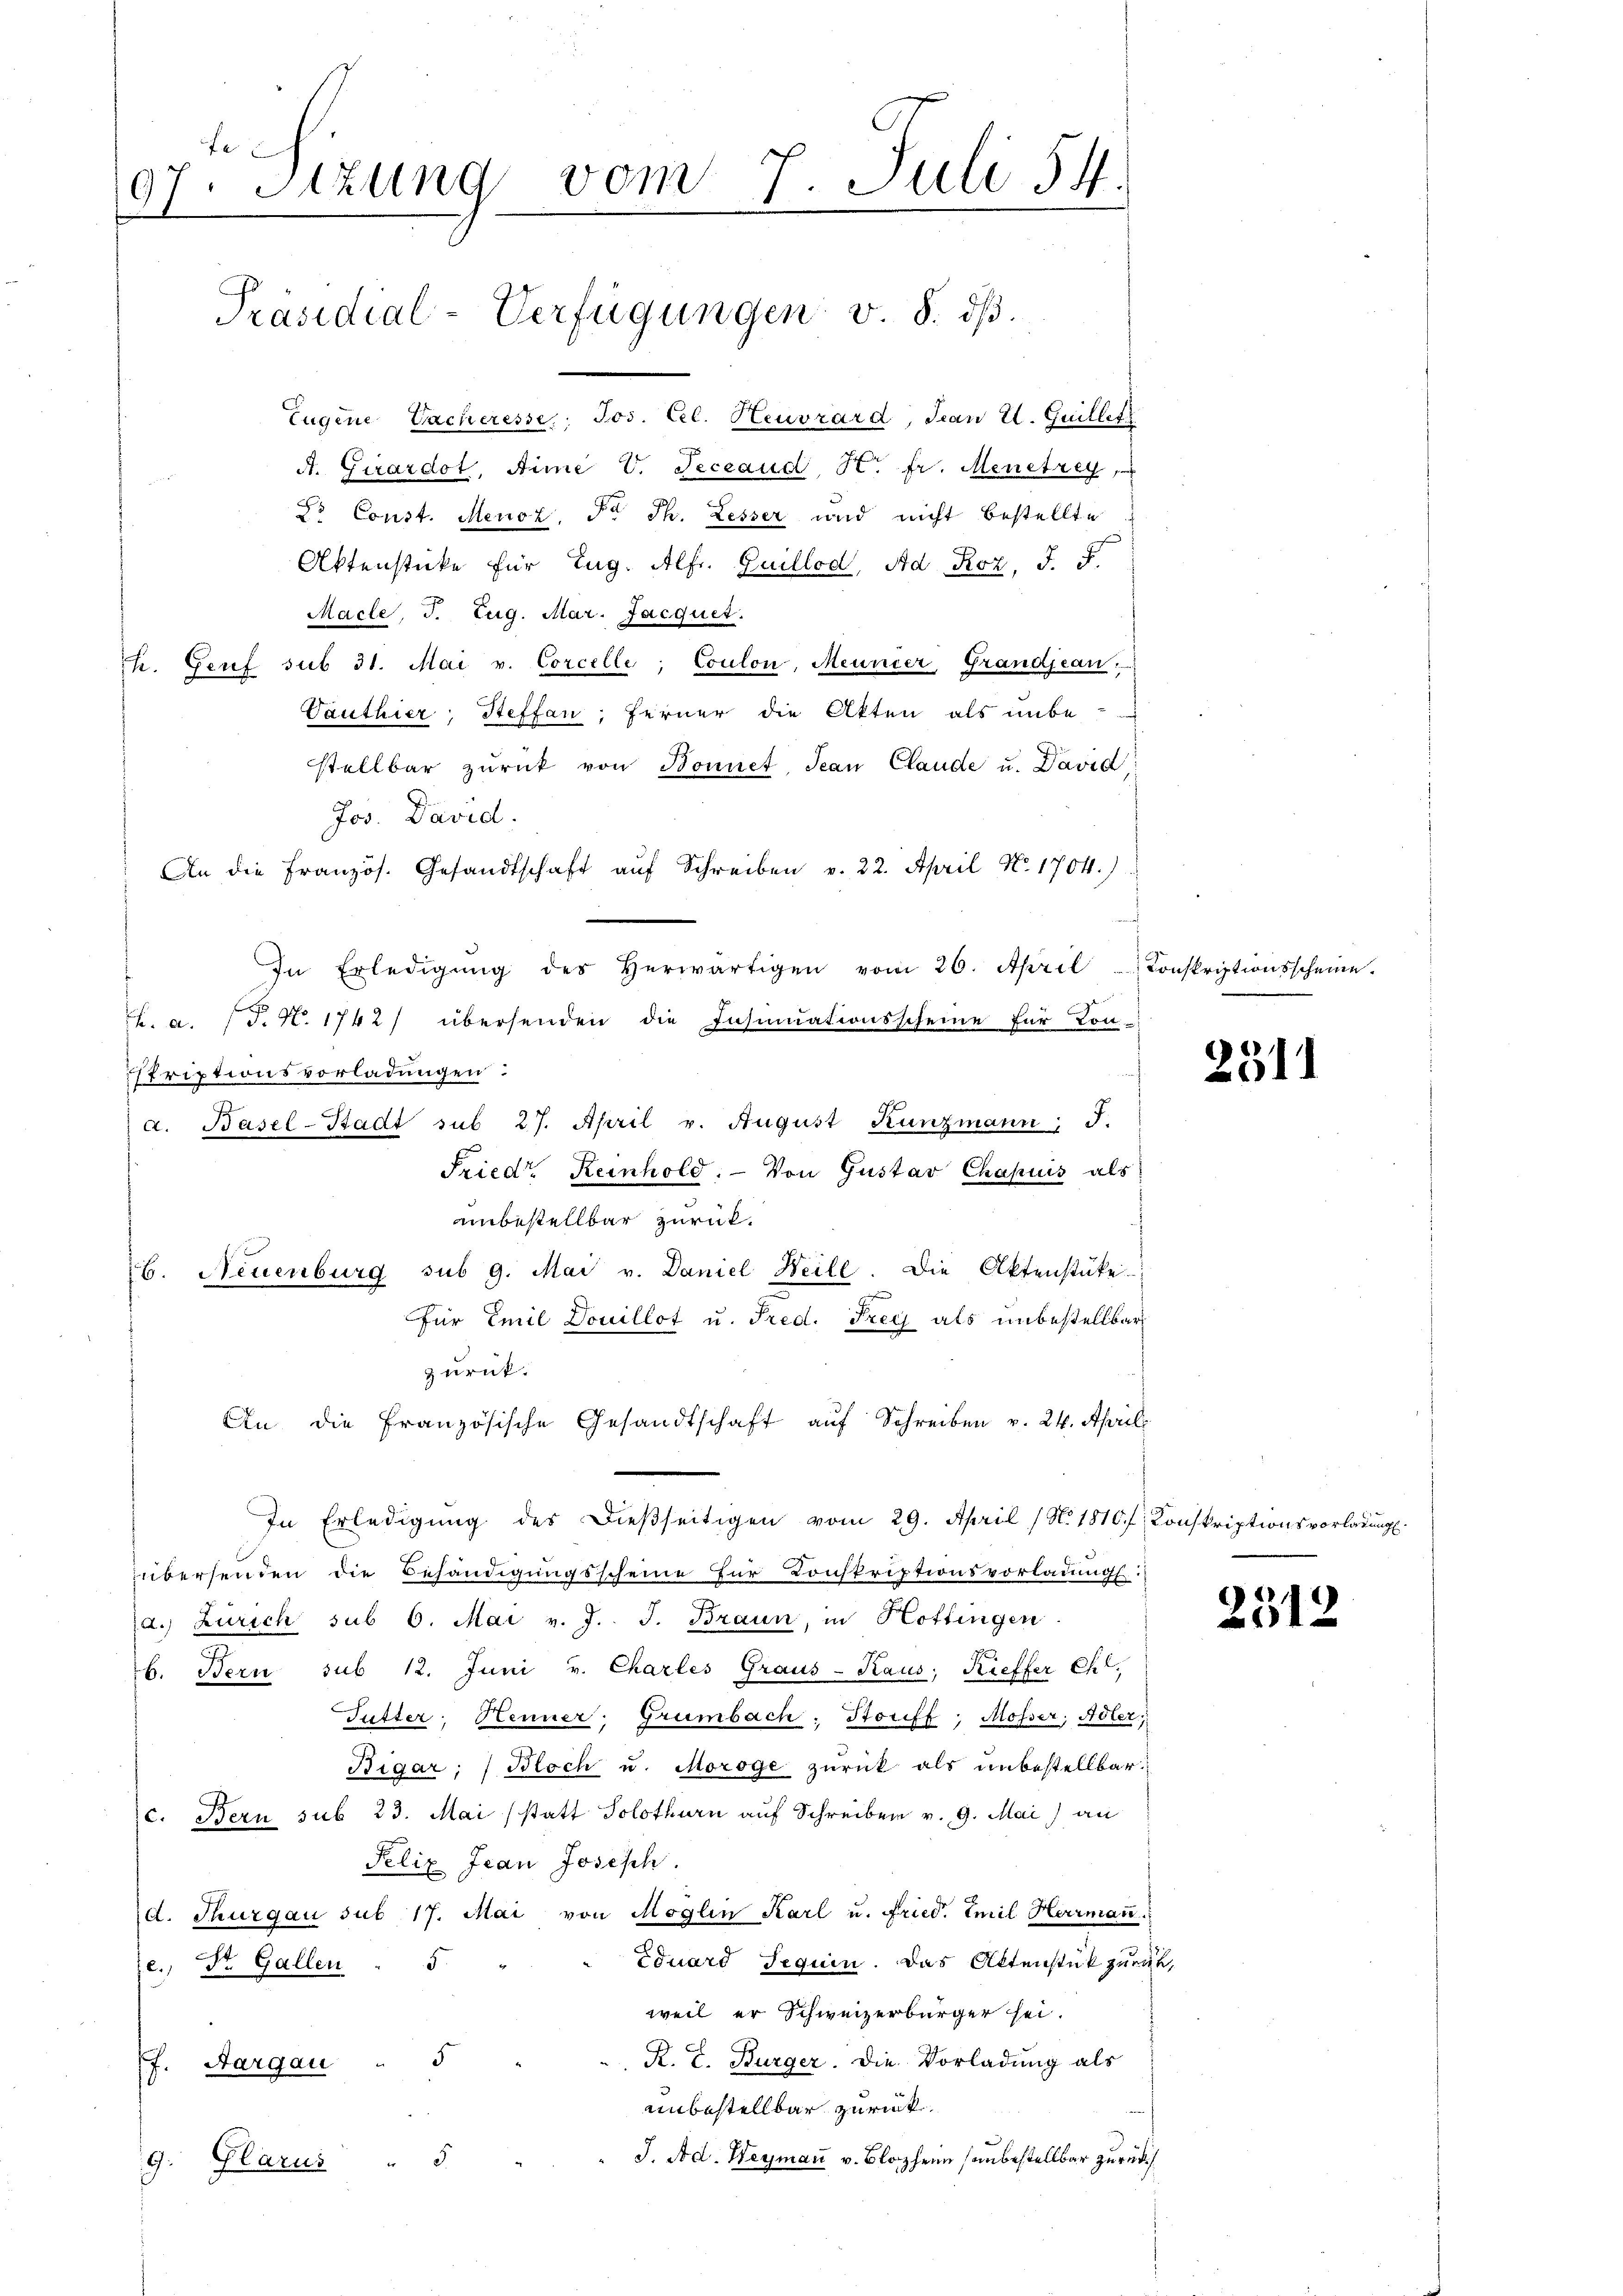
fe
97. Stzung vom 7. Juli 54
1
Präsidial-Verfügungen v. 8. dβ.
Eugene Sacheresse, Jos. Cel. Heuvrard, Jean U. Guillet

A. Girardot, Sime V. Seceaud, Hr. fr. Menetrey
do Const. Menoz, Dr. Th. Lesser und nicht bestellte
Aktenstücke für Eug. Alfr. Guillod, Ad Roz, J. F.
Macte, J. Zug. Mar. Jacquer.
7t. Genf sub 31. Mai v. Corcelle, Coulon, Meuncer, Grandjean,
Vanthier, Steffan, Ferner die Akten als unbe
stellbar zurück von Bonnet, Jean Claude u. David
Jos. David.
An die französ. Gesandtschaft aŭf Schreiben v. 22. April No. 1704.)
friptionsvorladungen:
a. Basel-Stadt sub 27. April v. August Kunzmann: J.
Fried Keinhold. - Von Gustav Chapuis als
unbestellbar zurück.
b. Neuenburg sub 9. Mai v. Daniel Heile. Die Aktenstüke
für Emil Douillot u. Fred. Frey als unbestellbar
zurück.
An die Französische Gesandtschaft auf Schreiben v. 24. April
In Erledigung des dießseitigen vom 29. April (N. 1810 f. Konskriptionsvorladung.
übersenden die Behändigungsscheine für Konskriptionsvorladung:
a. Zürich sub 6. Mai v. J. J. Braun, in Hottingen
6. Bern sub 12. Juni v. Charles Graus-Kaus, Kieffer Chl.
Futter, Henner, Grünbach: Storiff; Mösser, Aster,
Bigar:/ Bloch u. Moroge zurück als unbestellbar
c. Bern sub 23. Mai (statt Solothurn auf Schreiben v. 9. Mai an
Felix Jean Joseph.
A. Thurgau sub 17. Mai von Möglin Karl u. Fried. Emil Herrman
Eduard Sequen. Das Altenstück zurück,
e., St. Gallen 5.
weil er Schweizerbürger sei.
K. L. Bürger. Die Vorladung als
f. Aargau " 5
unbestellbar zurück.
J. Ad. Heyman v. Blozhern unbestellbar zurück
9. Glarus " 5

In Erledigŭng des herwärtigen vom 26. April - Conskriptionsscheine.
. a. (T. N. 1742) übersenden die Insinuationsscheine für Kon-

2311

2512